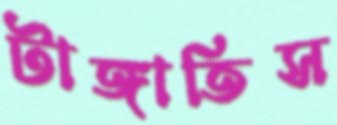
টাঙ্গাতিস